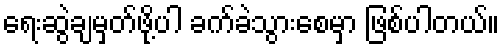
ရေးဆွဲချမှတ်ဖို့ပါ ခက်ခဲသွားစေမှာ ဖြစ်ပါတယ်။